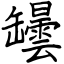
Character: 罎